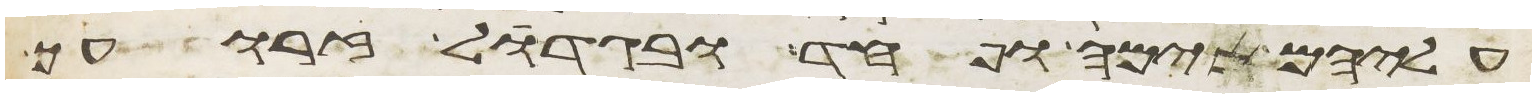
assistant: עליהם אימה ופחד ובגדול זרועך